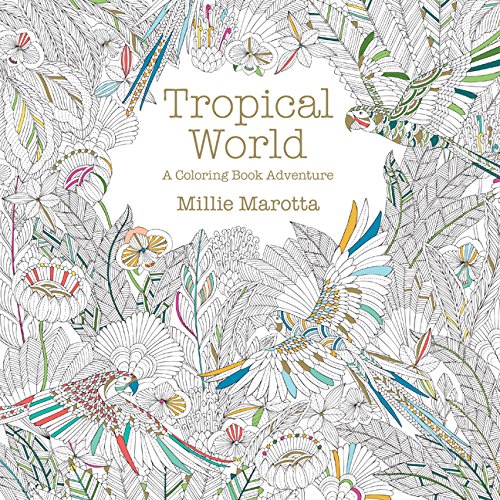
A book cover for Tropical World: A Coloring Book Adventure (A Millie Marotta Adult Coloring Book); Millie Marotta; Humor & Entertainment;